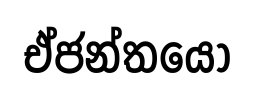
ඒජන්තයෝ